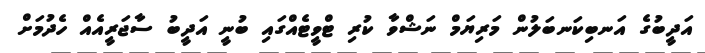
އަދީބުގެ އަނބިކަނބަލުން މަރިޔަމް ނަޝްވާ ކުރި ޓްވީޓެއްގައި ބުނީ އަދީބު ސާޖަރީއެއް ހެދުމަށް